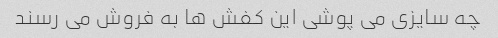
چه سایزی می پوشی این کفش ها به فروش می رسند